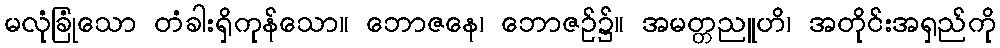
မလုံခြုံသော တံခါးရှိကုန်သော။ ဘောဇနေ၊ ဘောဇဉ်၌။ အမတ္တညူဟိ၊ အတိုင်းအရှည်ကို